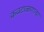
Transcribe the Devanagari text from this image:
कवटाळणाऱ्या